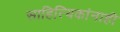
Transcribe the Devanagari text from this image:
साहित्यिकांनाही